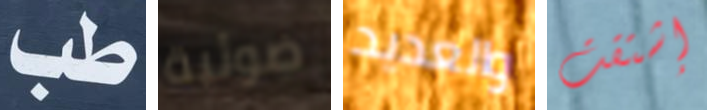
طب ضوئية والعديد إشتقت